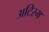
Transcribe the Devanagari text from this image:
अटिस्म